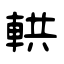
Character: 輁